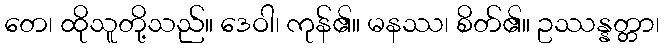
တေ၊ ထိုသူတို့သည်။ ဒေဝါ၊ ကုန်၏။ မနဿ၊ စိတ်၏။ ဥဿန္နတ္တာ၊